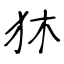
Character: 狇